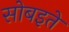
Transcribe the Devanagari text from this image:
सोबइते